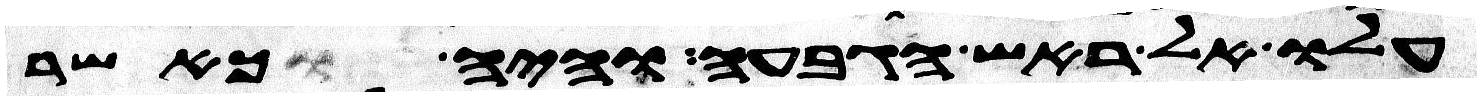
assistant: עלו אל ראש הגבעה והיה כאשר